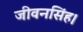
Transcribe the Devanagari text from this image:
जीवनसिंह।